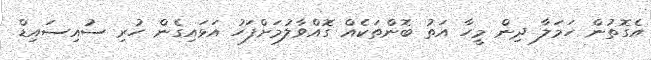
އެގޮތުން ހަމަލާ ދިން މީހާ އަތު ބޮންތަކެއް ގޮއްވާލުމަށްފަހު އަޅައިގެން ހުރި ސުއިސައިޑް